Annual report of the Punjab Veterinary College and of the Civil Veterinary Department, Punjab - 1894-1908
Year: 1894
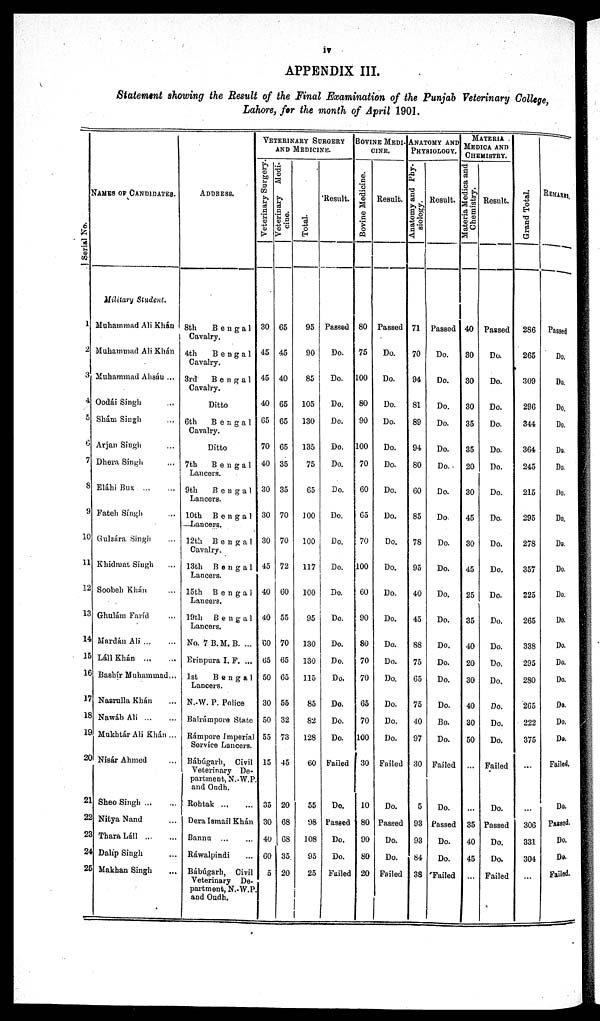
iv
APPENDIX III.
Statement showing the Result of the Final Examination of the Punjab Veterinary College
Lahore, for the month of April 1901.
Serial No.
1
2
3
4
5
6
7
8
9
10
11
12
13
14
15
16
17
18
19
20
21
22
23
24
25
NAMES OF CANDIDATES.
Military Student.
Muhammad Ali Khán
Muhammad Ali Khán
Muhammad Alisáu ...
Oodái Singh ...
Shám Singh ...
Arjan Siugli ...
Dhera Singh ...
Eláhi Bux
...
...
Fateh Singh
Gulzára Singh ...
Khidmat Singh
Soobeh Khán ...
Ghulám Faríd ...
Mardán Ali ... ...
Láll Khán
...
...
Bashír Muhammad ... ...
Nasrulla Khán ... ...
Nawáb Ali ... ...
Mukhtar Ali Khán ... ...
Nisár Ahmed ... ...
Sheo Singh ... ...
Nitya Nand ... ...
Thara Láll
...
...
Dalip Singh ... ...
Makhan Singh ... ...
ADDRESS.
8th
Bengal
Cavalry.
4th
Bengal
Cavalry.
3rd
Bengal
Cavalry.
Ditto
6th
Bengal
Cavalry.
Ditto
7th
Bengal
Lancers.
9th
Bengal
Lancers.
10th
Bengal
Lancers.
12th
Bengal
Cavalry.
13th
Bengal
Lancers.
15th
Bengal
Lancers.
19th
Bengal
Lancers.
No. 7 B.M. B. ...
Erinpura I. F. ...
1st
Bengal
Lancers.
N.W. P. Police
Balrámpore State
Rampore imperial
Service Lancers.
Bábúgarh, Civil
Veterinary De-
partment, N.-W.P
and Oudh.
Rohtak
...
...
Dera Ismail Khán
Bannu ... ...
Rawalpindi ...
Bábúgarh, Civil
Veterinary De-
partment, N.-W.P
and Oudh.
VETERINARY
SURGERY
AND MEDICINE.
Veterinary Surgery.
30
45
45
40
65
70
40
30
30
30
45
40
40
60
65
50
30
50
55
15
35
30
40
60
5
Veterinary medi-
cine.
65
45
40
65
65
65
35
35
70
70
72
60
55
70
65
65
55
32
73
45
20
68
68
35
20
Total.
95
90
85
105
130
135
75
65
100
100
117
100
95
130
130
115
85
82
128
60
55
98
108
95
25
Result.
Passed
Do.
Do.
Do.
Do.
Do.
Do.
Do.
Do.
Do.
Do.
Do.
Do.
Do.
Do.
Do.
Do.
Do.
Do.
Failed
Do.
Passed
Do.
Do.
Failed
BOVINE MEDI-
CINE.
Bovine Medicine.
80
75
100
80
90
100
70
60
65
70
100
60
90
80
70
70
65
70
100
30
10
80
90
80
20
Result.
Passed
Do.
Do.
Do.
Do.
Do.
Do.
Do.
Do.
Do.
Do.
Do.
Do.
Do.
Do.
Do.
Do.
Do.
Do.
Failed
Do.
Passed
Do.
Do.
Failed
ANATOMY AND
PHYSIOLOGY.
Anatomy and Phy-
siology.
71
70
94
81
89
94
80
60
85
78
95
40
45
88
75
65
75
40
97
30
5
93
93
84
38
Result.
Passed
Do.
Do.
Do.
Do.
Do.
Do.
Do.
Do.
Do.
Do.
Do.
Do.
Do.
Do.
Do.
Do.
Do.
Do.
Failed
Do.
Passed
Do.
Do.
Failed
MATERIA
MEDICA AND
CHEMISTRY.
Materia Medica and
Chemistry.
40
30
30
30
35
35
20
30
45
30
45
25
35
40
20
30
40
30
50
...
...
35
40
45
...
Result.
Passed
Do.
Do.
Do.
Do.
Do.
Do.
Do.
Do.
Do.
Do.
Do.
Do.
Do.
Do.
Do.
Do.
Do.
Do.
Failed
Do.
Passed
Do.
Do.
Failed
Grand Total.
286
265
309
296
344
364
245
215
295
278
357
225
265
338
295
280
265
222
375
...
306
331
304
REMARKS.
Passed
Do.
Do.
Do.
Do.
Do.
Do.
Do.
Do.
Do.
Do.
Do.
Do.
Do.
Do.
Do.
Do.
Do.
Do.
Failed.
Do.
Passed.
Do.
Do.
Failed.